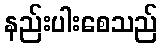
နည်းပါးစေသည်